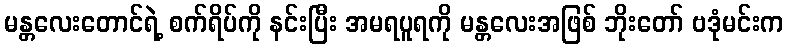
မန္တလေးတောင်ရဲ့ စက်ရိပ်ကို နင်းပြီး အမရပူရကို မန္တလေးအဖြစ် ဘိုးတော် ဗဒုံမင်းက